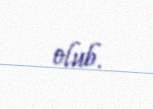
olub.